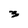
Character: 3